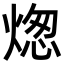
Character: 㷓